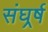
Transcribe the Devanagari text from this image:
संघर्र्ष